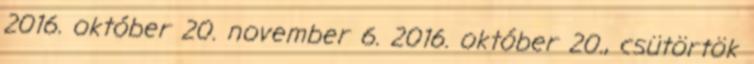
2016. október 20. november 6. 2016. október 20., csütörtök